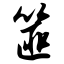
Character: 篚